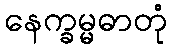
နေက္ခမ္မဓာတုံ